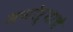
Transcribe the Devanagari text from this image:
मनोऱ्याचे